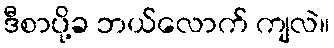
ဒီစာပို့ခ ဘယ်လောက် ကျလဲ။